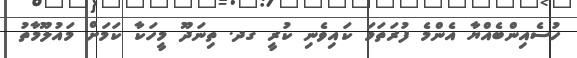
ހުސެއިންބެއްޔާ އެންމެ ފުރަތަމަ ކައިވެނި ކުރީ ގދ. ތިނަދޫ މީހަކާ ކަމަށް މައުލޫމާތު